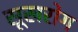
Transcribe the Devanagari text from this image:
सूखरोग